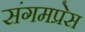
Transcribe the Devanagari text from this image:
संगमप्रेस